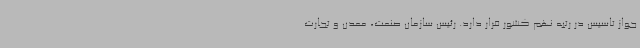
جواز تاسیس در رتبه نهم کشور قرار دارد. رئیس سازمان صنعت، معدن و تجارت